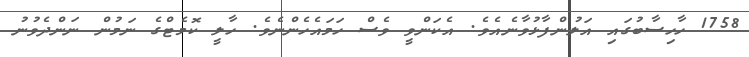
1758 ހާހިސާބުގައި އަލުންފާޅުވާނެއެވެ. އެކަންވީ ވެސް ހަމައެހެންނެވެ. ހާލީ ކޮމެޓްގެ ނަމުން ނަންދެވުނު